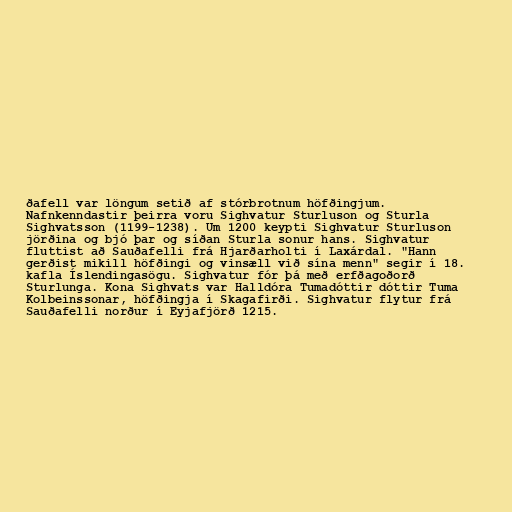
ðafell var löngum setið af stórbrotnum höfðingjum.
Nafnkenndastir þeirra voru Sighvatur Sturluson og Sturla
Sighvatsson (1199-1238). Um 1200 keypti Sighvatur Sturluson
jörðina og bjó þar og síðan Sturla sonur hans. Sighvatur
fluttist að Sauðafelli frá Hjarðarholti í Laxárdal. "Hann
gerðist mikill höfðingi og vinsæll við sína menn" segir í 18.
kafla Íslendingasögu. Sighvatur fór þá með erfðagoðorð
Sturlunga. Kona Sighvats var Halldóra Tumadóttir dóttir Tuma
Kolbeinssonar, höfðingja í Skagafirði. Sighvatur flytur frá
Sauðafelli norður í Eyjafjörð 1215.